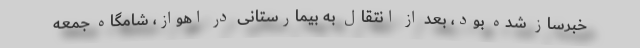
خبرساز شده بود، بعد از انتقال به بیمارستانی در اهواز، شامگاه جمعه